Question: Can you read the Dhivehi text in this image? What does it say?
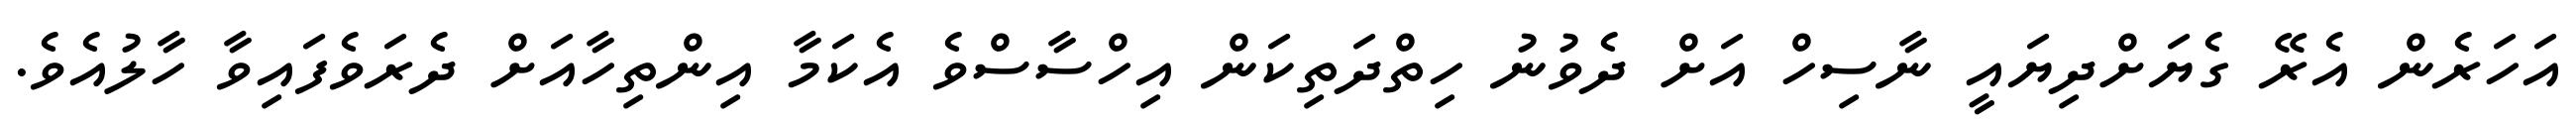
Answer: އަހަރެން އެރޭ ގެޔަށްދިޔައީ ނާސިހް އަށް ދެވުނު ހިތްދަތިކަން އިހްސާސްވެ އެކަމާ އިންތިހާއަށް ދެރަވެފައިވާ ހާލުއެވެ.